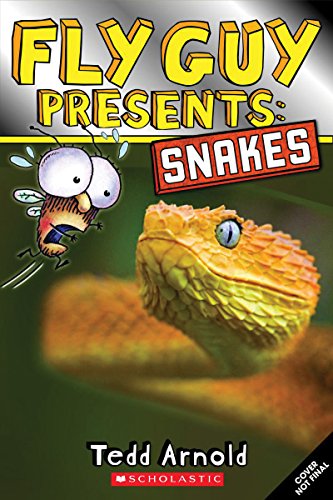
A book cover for Fly Guy Presents: Snakes (Fly Guy Presents); Tedd Arnold; Children's Books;